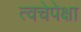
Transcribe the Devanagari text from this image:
त्वचेपेक्षा